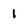
Character: 1